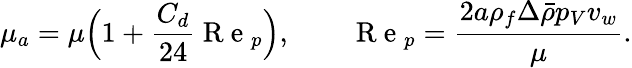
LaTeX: \mu_{a}=\mu\Bigl(1+\frac{C_{d}}{24}\mathrm{~R~e~}_{p}\Bigr),\qquad\mathrm{~R~e~}_{p}=\frac{2a\rho_{f}\Delta\bar{\rho}p_{V}v_{w}}{\mu}.